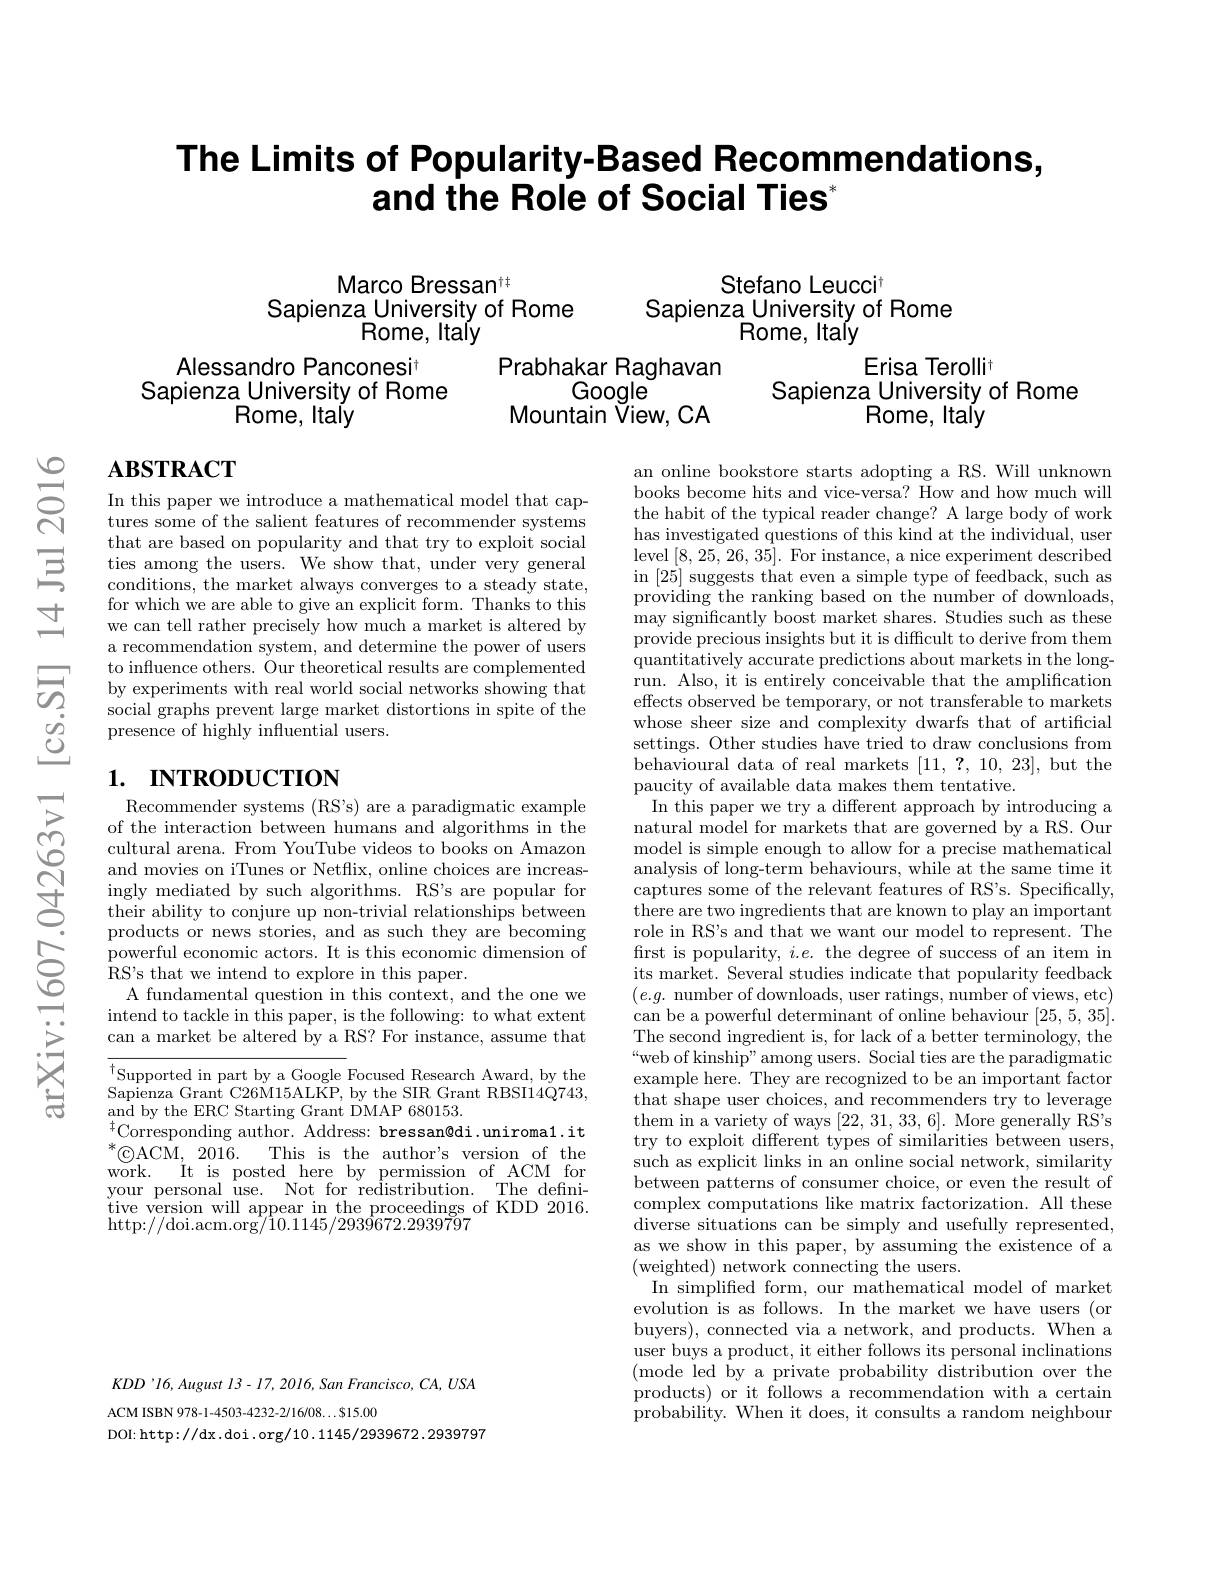
# The Limits of Popularity-Based Recommendations, and the Role of Social Ties"

Marco Bressan$^{\dagger\dagger}$
Stefano Leuccit
Sapienza University of Rome
Sapienza University of Rome
Rome, Italy
Rome, Italy

Prabhakar Raghavan
Google
Mountain View, CA

Erisa Terollit
Sapienza University of Rome
Rome, Italy

Alessandro Panconesit
Sapienza\_ University of Rome
Rome, Italy

# $\mathbf{ABSTRACT}$

In this paper we introduce a mathematical model that captures some of the salient features of recommender systems that are based on popularity and that try to exploit social ties among the users. We show that, under very general conditions, the market always converges to a steady state, for which we are able to give an explicit form. Thanks to this we can tell rather precisely how much a market is altered by a recommendation system, and determine the power of users to influence others. Our theoretical results are complemented by experiments with real world social networks showing that social graphs prevent large market distortions in spite of the presence of highly influential users.

# 1. INTRODUCTION

Recommender systems (RS's) are a paradigmatic example of the interaction between humans and algorithms in the cultural arena. From YouTube videos to books on Amazon and movies on iTunes or Netflix, online choices are increasingly mediated by such algorithms. RS's are popular for their ability to conjure up non-trivial relationships between products or news stories, and as such they are becoming powerful economic actors. It is this economic dimension of ${\bar{\mathrm{RS's~that~we~intend~to~explore~in~this~paper.}}}$
A fundamental question in this context, and the one we intend to tackle in this paper, is the following: to what extent can a market be altered by a RS? For instance, assume that

an online bookstore starts adopting a RS. Will unknown books become hits and vice-versa? How and how much will the habit of the typical reader change? A large body of work has investigated questions of this kind at the individual, user level [8,25,26,35]. For instance, a nice experiment described in [25] suggests that even a simple type of feedback, such as providing the ranking based on the number of downloads, may significantly boost market shares. Studies such as these provide precious insights but it is difficult to derive from them quantitatively accurate predictions about markets in the longrun. Also, it is entirely conceivable that the amplification effects observed be temporary, or not transferable to markets whose sheer size and complexity dwarfs that of artificial settings. Other studies have tried to draw conclusions from $\bar{\text{behavioural data of real markets}} [ 11$, ? , 10, 23],but the paucity of available data makes them tentative.
In this paper we try a different approach by introducing a natural model for markets that are governed by a RS. Our model is simple enough to allow for a precise mathematical analysis of long-term behaviours, while at the same time it captures some of the relevant features of RS's. Specifically, there are two ingredients that are known to play an important role in RS's and that we want our model to represent. The first is popularity, $i.e.$ the degree of success of an item in its market. Several studies indicate that popularity feedback $(e.g.$ number of downloads, user ratings, number of views, etc) can be a powerful determinant of online behaviour [25,5,35]. The second ingredient is, for lack of a better terminology, the “web of kinship”among users. Social ties are the paradigmatic example here. They are recognized to be an important factor that shape user choices, and recommenders try to leverage them in a variety of ways [22,31,33,6]. More generally RS's try to exploit different types of similarities between users, such as explicit links in an online social network, similarity between patterns of consumer choice, or even the result of complex computations like matrix factorization. All these diverse situations can be simply and usefully represented, as we show in this paper, by assuming the existence of a (weighted) network connecting the users.
In simplified form, our mathematical model of market evolution is as follows. In the market we have users (or buyers), connected via a network, and products. When a user buys a product, it either follows its personal inclinations $({\mathrm{mode~led~by~a~private~probability~distribution~over~the}}$ products) or it follows a recommendation with a certain probability. When it does, it consults a random neighbour

$\overset{\dagger}{\operatorname*{\operatorname*{Supported~in~part~by~a~Google~Focused~Research~Award,~by~the}}}$ Sapienza Grant C26M15ALKP, by the SIR Grant RBSI14Q743, and by the ERC Starting Grant DMAP 680153.
$^{\dagger}$Corresponding author. Address: bressan@di.uniroma1.it $^*\textcircled {\mathrm{c}}$ACM,2016. This is the author's version of the $\tilde{\mathrm{work}}.$
It is posted here by permission of ACM for
your personal use. Not for redistribution. The definitive version will appear in the proceedings of KDD 2016. http://doi.acm.org$\hat{/1}0.1145/293\hat{9}672.2939797$

$KDD’ 16, August$ $13- 17, 2016, San$ $Francisco$, $CA$, $USA$
ACM ISBN 978-1-4503-4232-2/16/08...815.00
DOI: http://dx.doi. org/10. 1145/2939672. 2939797